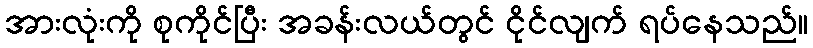
အားလုံးကို စုကိုင်ပြီး အခန်းလယ်တွင် ငိုင်လျက် ရပ်နေသည်။